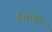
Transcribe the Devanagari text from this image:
मेंढरांच्या